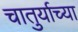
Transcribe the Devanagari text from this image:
चातुर्याच्या